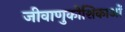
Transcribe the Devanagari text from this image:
जीवाणुकोशिकाओं